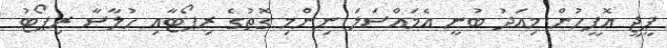
ޕީޖީ އޮފީހުން މިއަދު ބުނީ އެމައްސަލަ ނިންމި ގޮތުގެ ރިޕޯޓާއި ހުލާސާ ރިޕޯޓު